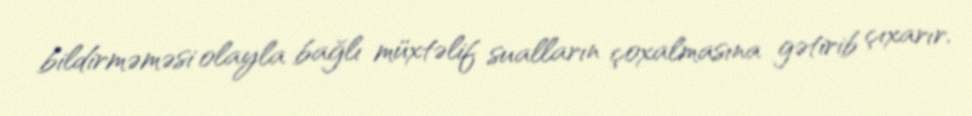
bildirməməsi olayla bağlı müxtəlif sualların çoxalmasına gətirib çıxarır.